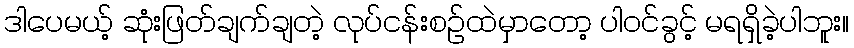
ဒါပေမယ့် ဆုံးဖြတ်ချက်ချတဲ့ လုပ်ငန်းစဉ်ထဲမှာတော့ ပါဝင်ခွင့် မရရှိခဲ့ပါဘူး။